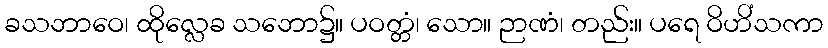
ခသဘာဝေ၊ ထိုလ္လေခ သဘော၌။ ပဝတ္တံ၊ သော။ ဉာဏံ၊ တည်း။ ပရေ ဝိဟိံသကာ